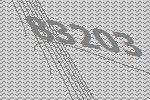
83203